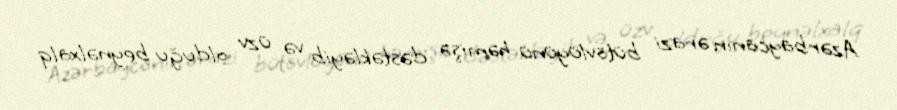
Azərbaycanın ərazi bütövlüyünü həmişə dəstəkləyib və üzv olduğu beynəlxalq